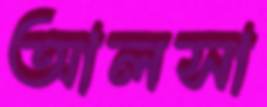
আলসা